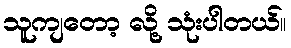
သူကျတော့ လို့ သုံးပါတယ်။